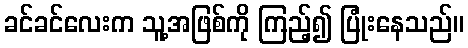
ခင်ခင်လေးက သူ့အဖြစ်ကို ကြည့်၍ ပြုံးနေသည်။